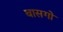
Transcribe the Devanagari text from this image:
बासगो